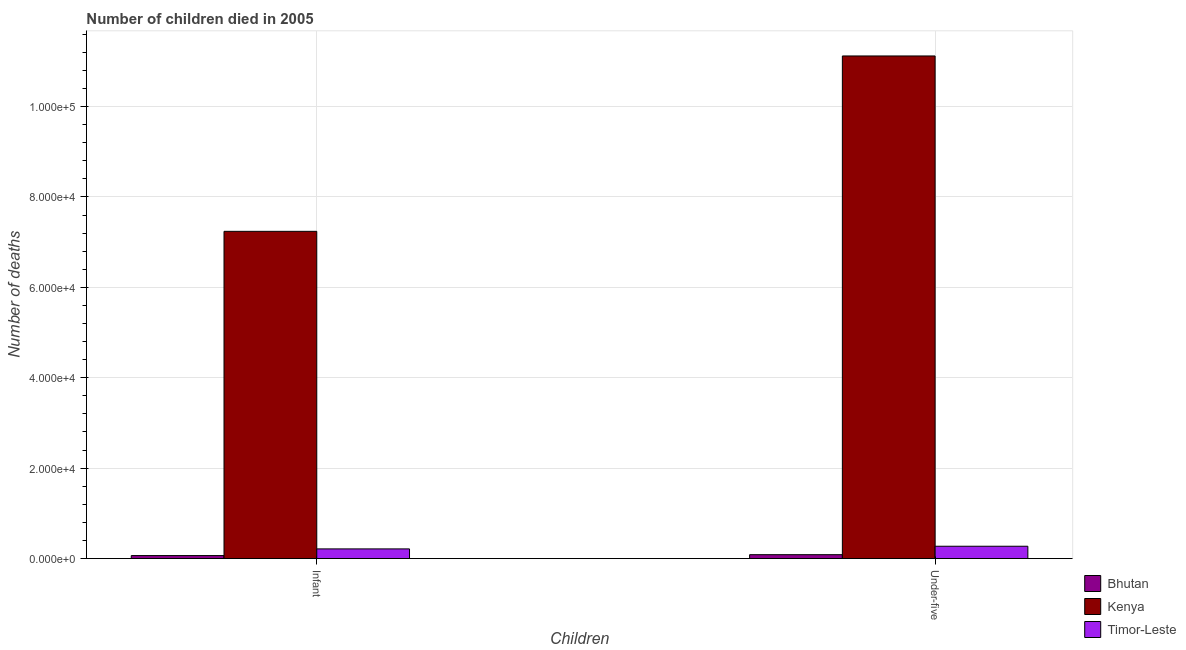
| Children | Bhutan | Kenya | Timor-Leste |
 | --- | --- | --- | --- |
 | Infant | 662 | 7.24e+04 | 2.14e+03 |
 | Under-five | 862 | 1.11e+05 | 2.73e+03 |